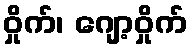
ဝှိုက်၊ ဂျော့ဝှိုက်